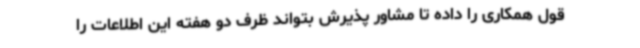
قول همکاری را داده تا مشاور پذیرش بتواند ظرف دو هفته این اطلاعات را